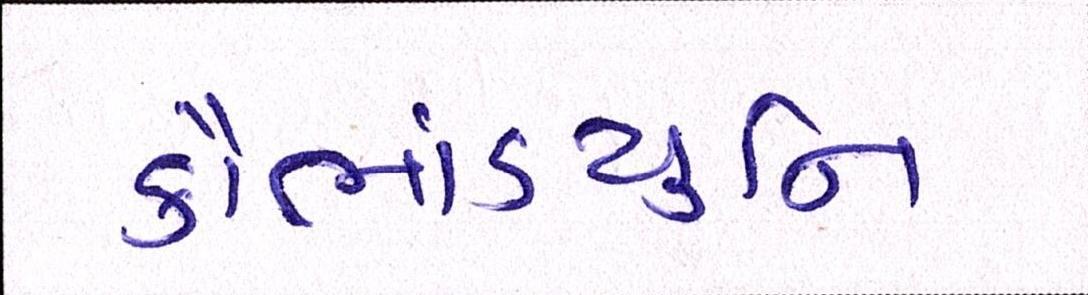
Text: કૌભાંડયુનિ